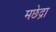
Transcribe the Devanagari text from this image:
मछेद्रा